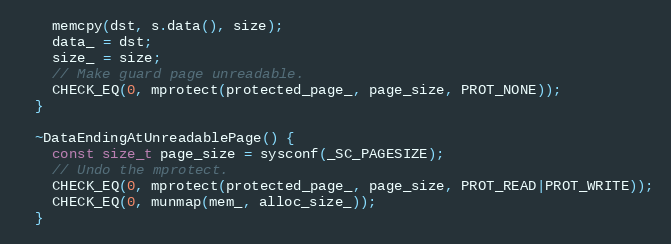
Language: C++
    memcpy(dst, s.data(), size);
    data_ = dst;
    size_ = size;
    // Make guard page unreadable.
    CHECK_EQ(0, mprotect(protected_page_, page_size, PROT_NONE));
  }

  ~DataEndingAtUnreadablePage() {
    const size_t page_size = sysconf(_SC_PAGESIZE);
    // Undo the mprotect.
    CHECK_EQ(0, mprotect(protected_page_, page_size, PROT_READ|PROT_WRITE));
    CHECK_EQ(0, munmap(mem_, alloc_size_));
  }